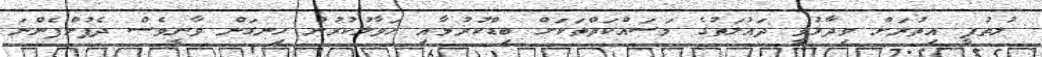
ލުތުފީ އިތުރަށް ވިދާޅުވީ ދައުލަތުގެ މަސައްކަތްތަކަށް ބިޑްކުރުމާއި ހަވާލުކުރުން ހިނގަން ވާނީވެސް ދެފުށްފެންނަ